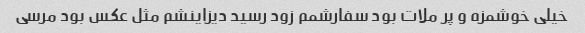
خیلی خوشمزه و پر ملات بود سفارشمم زود رسید دیزاینشم مثل عکس بود مرسی